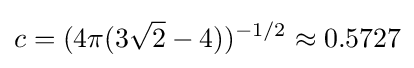
c=(4\pi (3{\sqrt {2}}-4))^{-1/2}\approx 0.5727